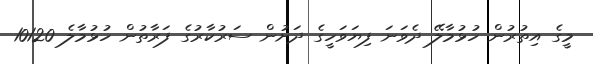
މީގެ އިތުރުން ހުޅުމާލޭ ދެވަަނަ ފިޔަވަހީގެ ދަށުން ސަރުކާރުގެ ފަރާތުން ހުޅުމާލެ 10120